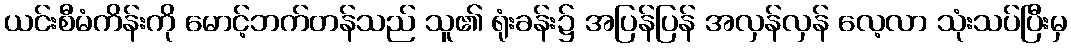
ယင်းစီမံကိန်းကို မောင့်ဘက်တန်သည် သူ၏ ရုံးခန်း၌ အပြန်ပြန် အလှန်လှန် လေ့လာ သုံးသပ်ပြီးမှ